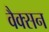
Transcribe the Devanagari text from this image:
वैक्सन